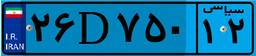
۲۶D۷۵۰۱۲